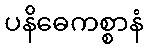
ပနိဓေကစ္စာနံ